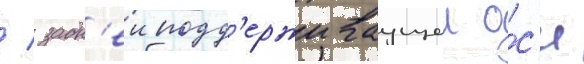
/ задн'еи подд'ерживаущеи о́с'и